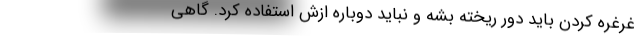
غرغره کردن باید دور ریخته بشه و نباید دوباره ازش استفاده کرد. گاهی